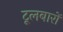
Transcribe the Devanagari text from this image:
टूलबारों